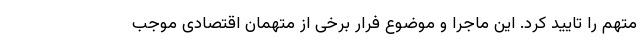
متهم را تایید کرد. این ماجرا و موضوع فرار برخی از متهمان اقتصادی موجب